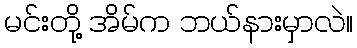
မင်းတို့ အိမ်က ဘယ်နားမှာလဲ။